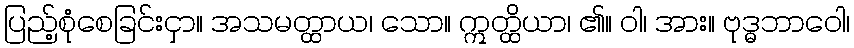
ပြည့်စုံစေခြင်းငှာ။ အသမတ္ထာယ၊ သော။ ဣတ္ထိယာ၊ ၏။ ဝါ၊ အား။ ဗုဒ္ဓဘာဝေါ၊